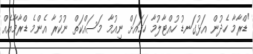
"ޑްރާމާ ހެދުން އަޅުގަނޑު ހުއްޓާލުމާ ހަމައަށް ނިއުމާ މަސައްކަތް ނުކުރާ އެންމެ ޑްރާމާއެއް